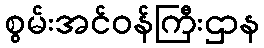
စွမ်းအင်ဝန်ကြီးဌာန